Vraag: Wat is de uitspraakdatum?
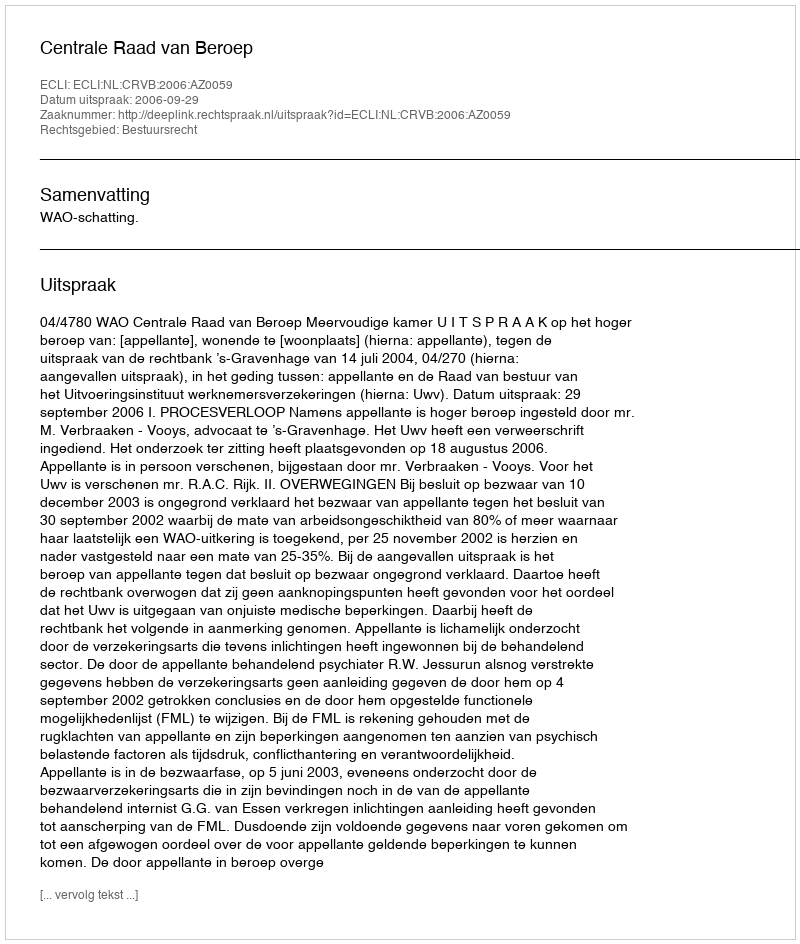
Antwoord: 2006-09-29